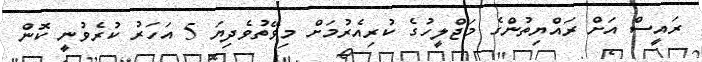
ރައީސް އަށް ރައްޔިތުންގެ މަޖްލީހުގެ ކުރިއެރުމަށް މިވޭތުވެދިޔަ 5 އަހަރު ކުރެވުނީ ކޮން